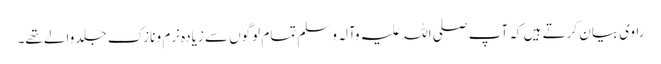
راوی بیان کرتے ہیں کہ آپ صلی اللہ علیہ وآلہ وسلم تمام لوگوں سے زیادہ نرم و نازک جلد والے تھے۔